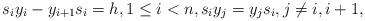
LaTeX: \begin{gather*} s_i y_i - y_{i+1} s_i = h, 1 \le i < n, s_i y_j =y_j s_i, j \not= i,i+1,\end{gather*}